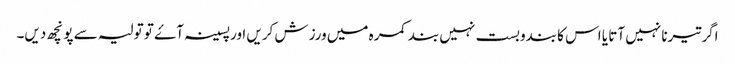
اگر تیرنا نہیں آتا یا اس کا بندوبست نہیں بند کمرہ میں ورزش کریں اور پسینہ آۓ تو تولیہ سے پونچھ دیں۔